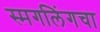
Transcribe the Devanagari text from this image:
स्मगलिंगचा